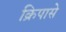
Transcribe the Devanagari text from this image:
क्रिपासे